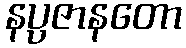
နပ္ပဇာနတော